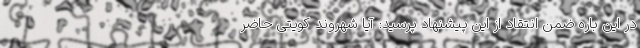
در این باره ضمن انتقاد از این پیشنهاد پرسید: آیا شهروند کویتی حاضر